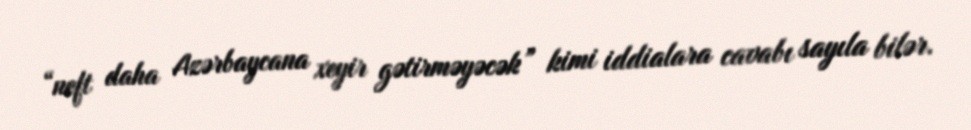
“neft daha Azərbaycana xeyir gətirməyəcək” kimi iddialara cavabı sayıla bilər.